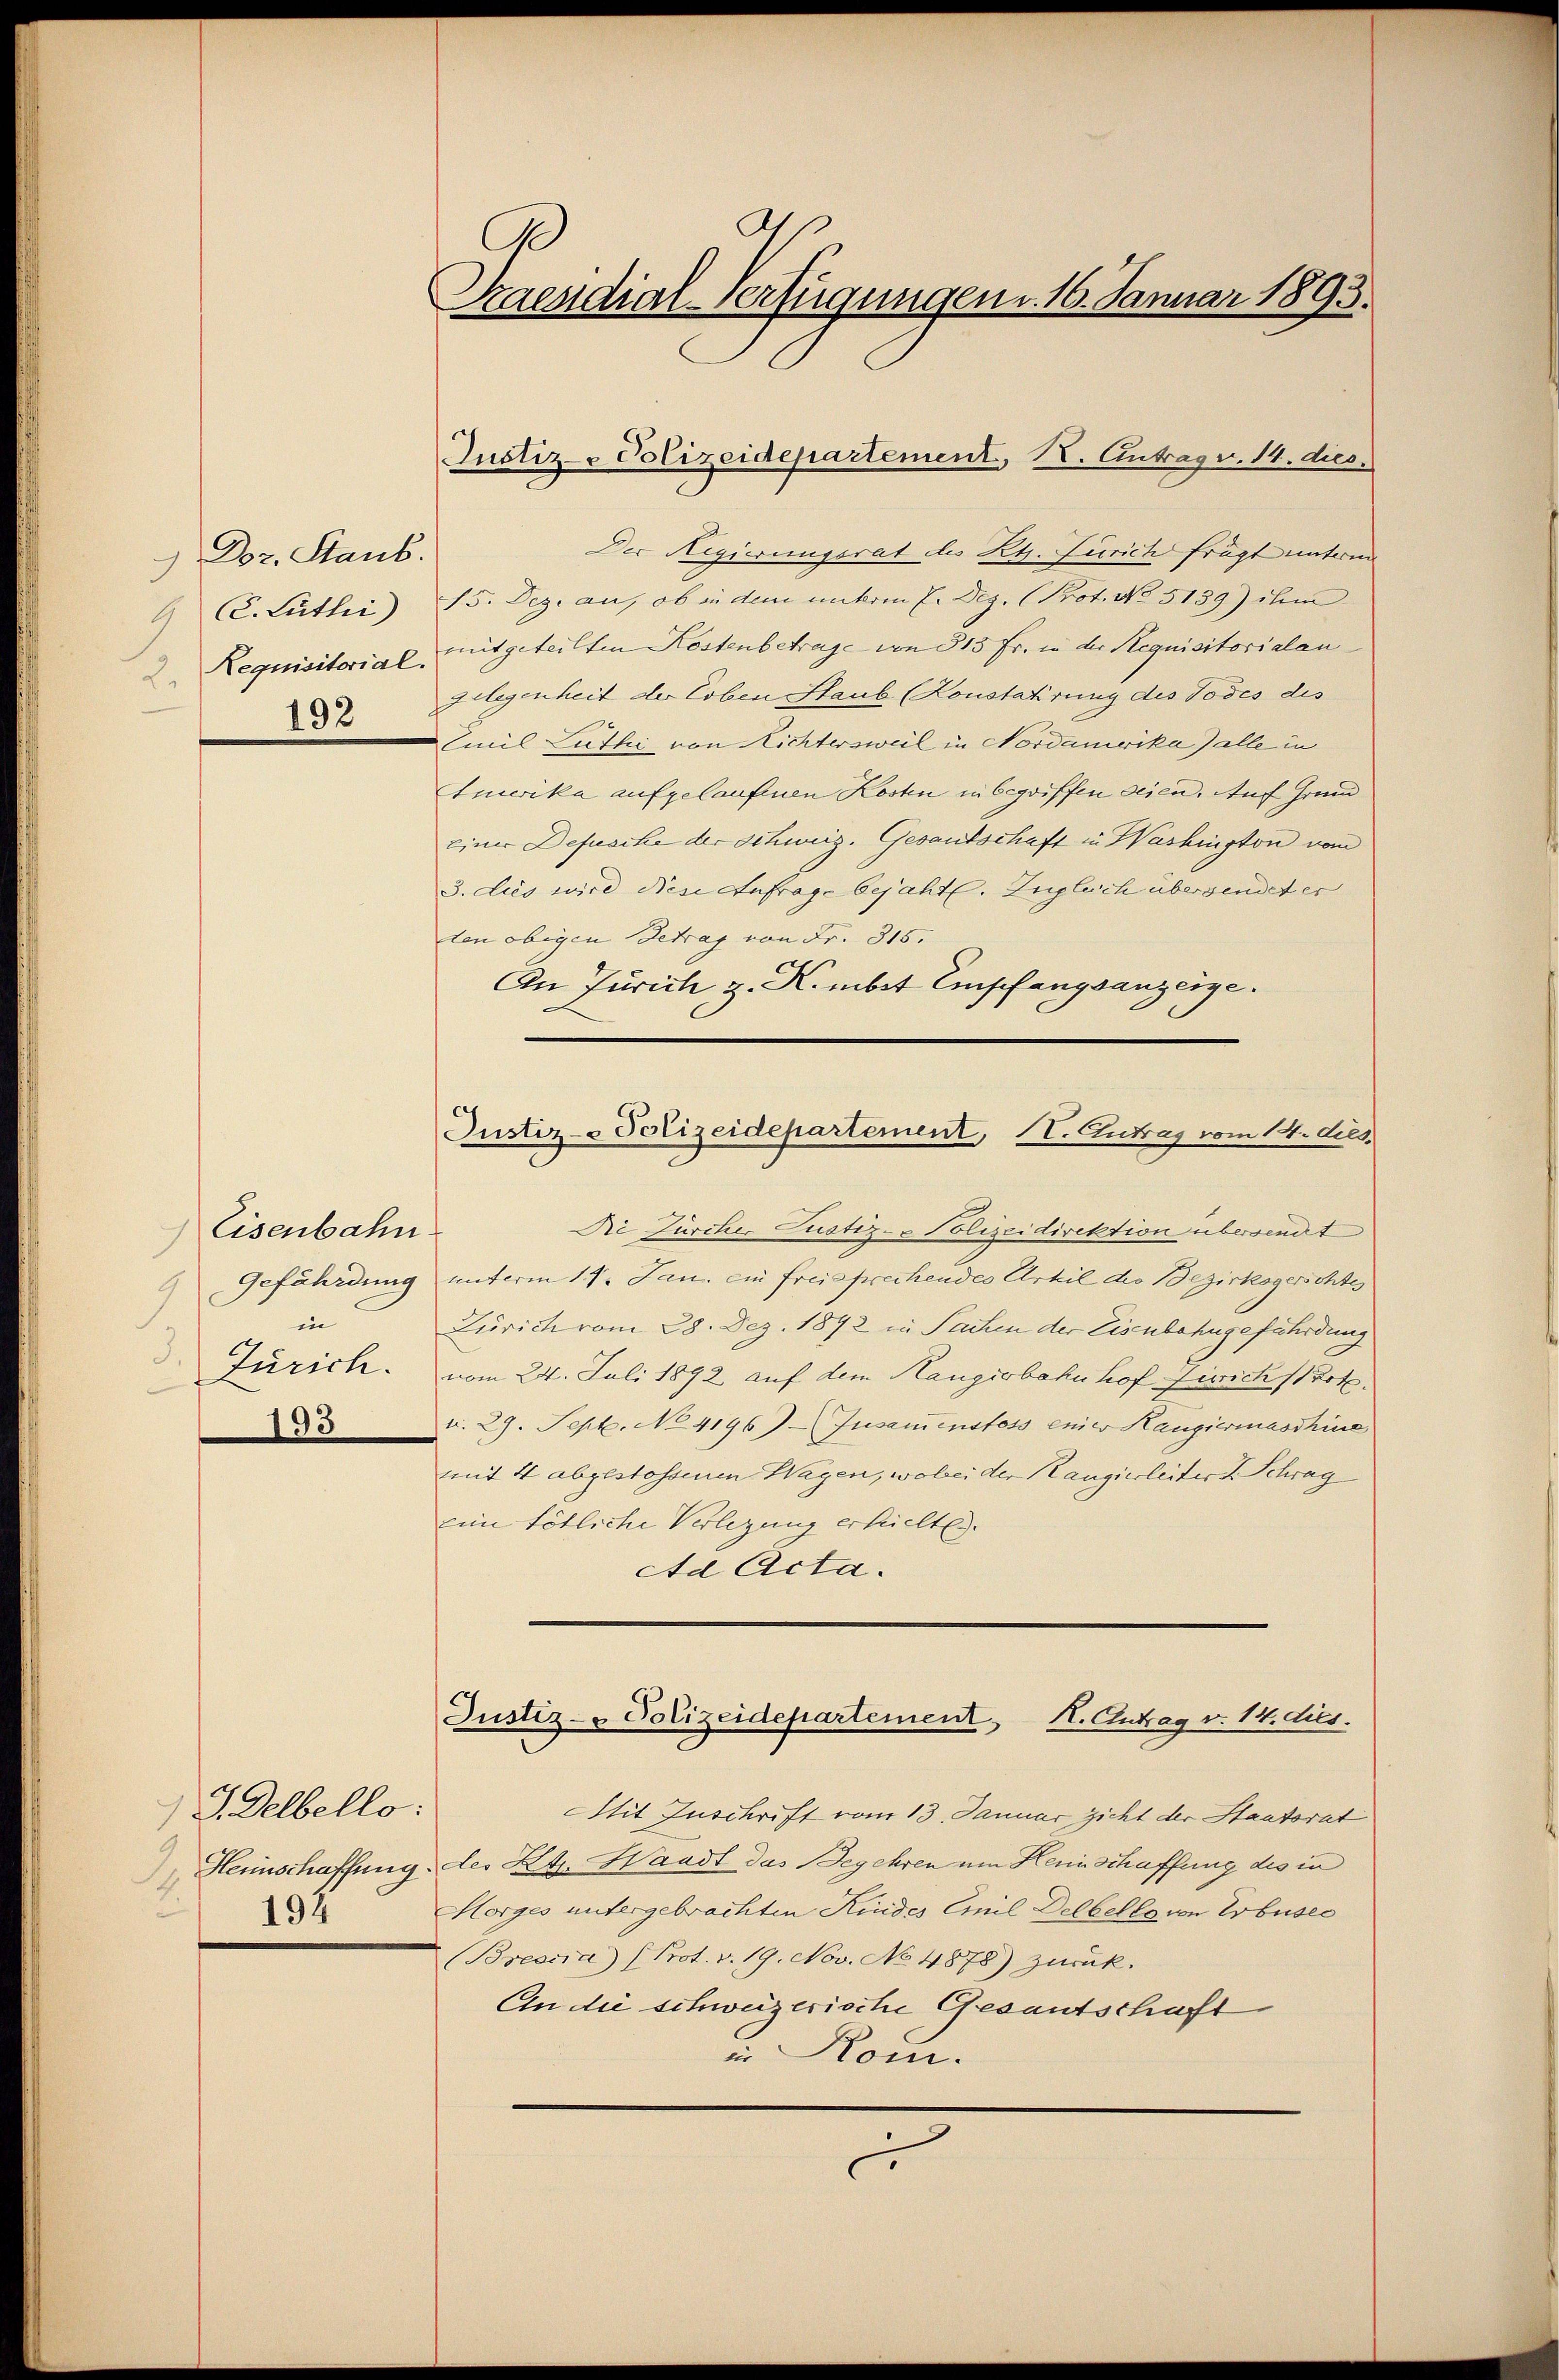
Doz. Staub.
2.
192

Eisenbahn.
in
3.
Zürich.
193

J. Selbello:
194

A
Praesidial-Verfügungen d. 16. Januar 1893.

Der Regierungsrat des Kt. Zürich frägt unterm
 C. Luthei) 5. Dez. an, ob in dem unterm 7. Dez. (Prot. No. 5139) ihm
Requisitorial mitgeteilten Kostenbetrage von 313 Fr. in der Requisitorialan
Gelegenheit der Coben Staub (Konstatirung des Todes des
Emil Luthe von Richtersweil in Nordamerika alle in
Emerika aufgelaufenen Kosten in begriffen seien. Auf Grund
einer Defische der Schweiz. Gesandschaft in Washington vom
3. dies wird diese Anfrage bejaht. Zugleich übersendet er
ten obigen Betrag von Fr. 315.
An Jurich, z. K. mbet Empfangsanzeige.

Justiz- Polizeidepartement, 1. Antrag v. 14. dies

Justiz- Polizeidepartement, IV. Zutrag vom 14. dies.

Die Zürcher Justiz- Polizeidirektion übersendt
Gefährdung unterm 11. Jan. ein freisprechendes Urhil des Bezirksgerichtes
Zürich vom 28. Dez. 1892 in Sachen der Eisenbahngefährdung
vom 24. Juli 1892 auf dem Hangiebahn hof Zürich Prot.
v. 29. Sept. No 4196) Zusamenstoss enier Hangiermaschine
mit 4 abgestossenen Wagen, wobei der Kanzierleiter J. Schrag
eine tötliche Verlegung erhielte.
Ad Acta.
Justiz- & Polizeidepartement, 1. Antrag v. 14. dies.
Mit Zuschrift vom 13. Januar sicht der Stautorat
Heinschaffung des Kts. Waadt das Begehren um Herinschaffung des in
Horges untergebrachten Kindes Emil Delbelle von Erbuses
(Breond) (Prot. v. 19. Nov. No 4878) zurück.
An die schweizerische Gesantschaft
in Kom
G